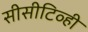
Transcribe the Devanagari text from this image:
सीसीटिव्ही